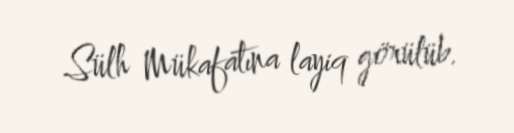
Sülh Mükafatına layiq görülüb.